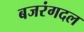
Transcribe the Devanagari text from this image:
बजरंगदल